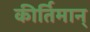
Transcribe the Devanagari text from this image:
कीर्तिमान्